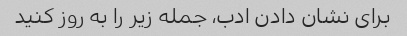
برای نشان دادن ادب، جمله زیر را به روز کنید